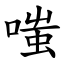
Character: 嗤